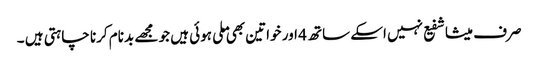
صرف میشا شفیع نہیں اسکے ساتھ 4 اور خواتین بھی ملی ہوئی ہیں جو مجھے بدنام کرنا چاہتی ہیں ۔